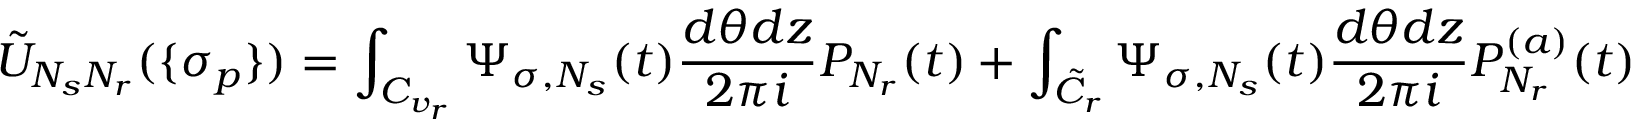
\tilde { U } _ { N _ { s } N _ { r } } ( \{ \sigma _ { p } \} ) = \int _ { C _ { v _ { r } } } \Psi _ { \sigma , N _ { s } } ( t ) \frac { d \theta d z } { 2 \pi i } P _ { N _ { r } } ( t ) + \int _ { \tilde { C } _ { r } } \Psi _ { \sigma , N _ { s } } ( t ) \frac { d \theta d z } { 2 \pi i } P _ { N _ { r } } ^ { ( a ) } ( t )